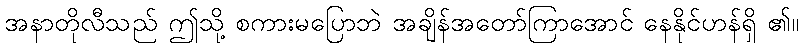
အနာတိုလီသည် ဤသို့ စကားမပြောဘဲ အချိန်အတော်ကြာအောင် နေနိုင်ဟန်ရှိ ၏။